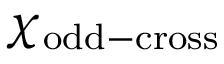
\chi _ { \mathrm { o d d - c r o s s } }